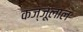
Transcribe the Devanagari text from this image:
कज्‍जूलाल